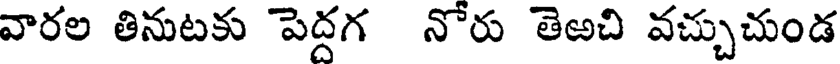
వారల తినుటకు పెద్దగ నోరు తెఱచి వచ్చుచుండ